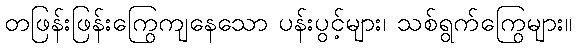
တဖြန်းဖြန်းကြွေကျနေသော ပန်းပွင့်များ၊ သစ်ရွက်ကြွေများ။